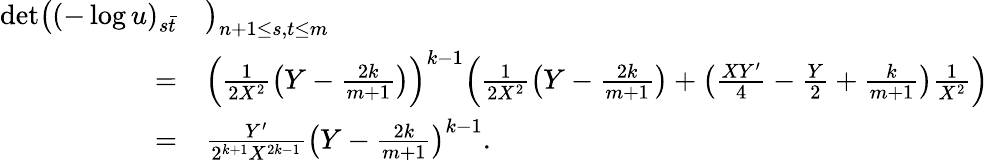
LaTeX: \begin{array}{rl}{\operatorname*{det}\bigl((-\log u)_{s\bar{t}}}&{\bigr)_{n+1\leq s,t\leq m}}\\ {=}&{\Bigl(\frac{1}{2X^{2}}\bigl(Y-\frac{2k}{m+1}\bigr)\Bigr)^{k-1}\Bigl(\frac{1}{2X^{2}}\bigl(Y-\frac{2k}{m+1}\bigr)+\bigl(\frac{XY^{\prime}}{4}-\frac{Y}{2}+\frac{k}{m+1}\bigr)\frac{1}{X^{2}}\Bigr)}\\ {=}&{\frac{Y^{\prime}}{2^{k+1}X^{2k-1}}\bigl(Y-\frac{2k}{m+1}\bigr)^{k-1}.}\end{array}